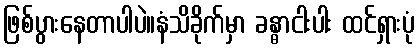
ဖြစ်ပွားနေတာပါပဲ။နံသိခိုက်မှာ ခန္ဓာငါးပါး ထင်ရှားပုံ